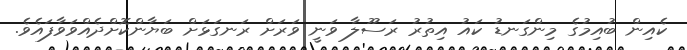
ކެއިން ބުއިމުގެ މިންގަނޑު ކައު އިތުރު ރަސޫލާ ވަނީ ވަރަށް ރަނގަޅަށް ބަޔާންކޮށްދެއްވަވާފައެވެ.